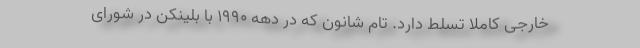
خارجی کاملا تسلط دارد. تام شانون که در دهه ۱۹۹۰ با بلینکن در شورای